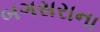
બગસરાના